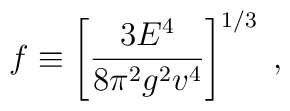
f \equiv \left[\frac{3E^4}{8\pi^2 g^2 v^4}\right]^{1/3}\;,